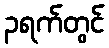
၃ရက်တွင်